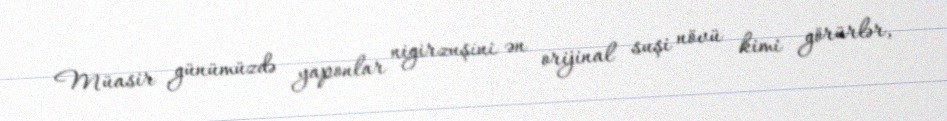
Müasir günümüzdə yaponlar nigirzuşini ən orijinal suşi növü kimi görürlər,